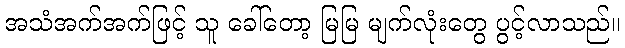
အသံအက်အက်ဖြင့် သူ ခေါ်တော့ မြမြ မျက်လုံးတွေ ပွင့်လာသည်။